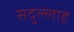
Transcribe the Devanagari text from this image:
सदुल्‍लाह